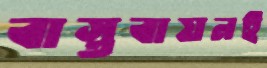
বাস্তবায়নই